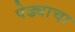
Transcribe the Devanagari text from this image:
पेढ्याचा